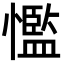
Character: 懢